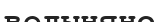
волыняне